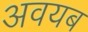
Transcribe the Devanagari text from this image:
अवयब